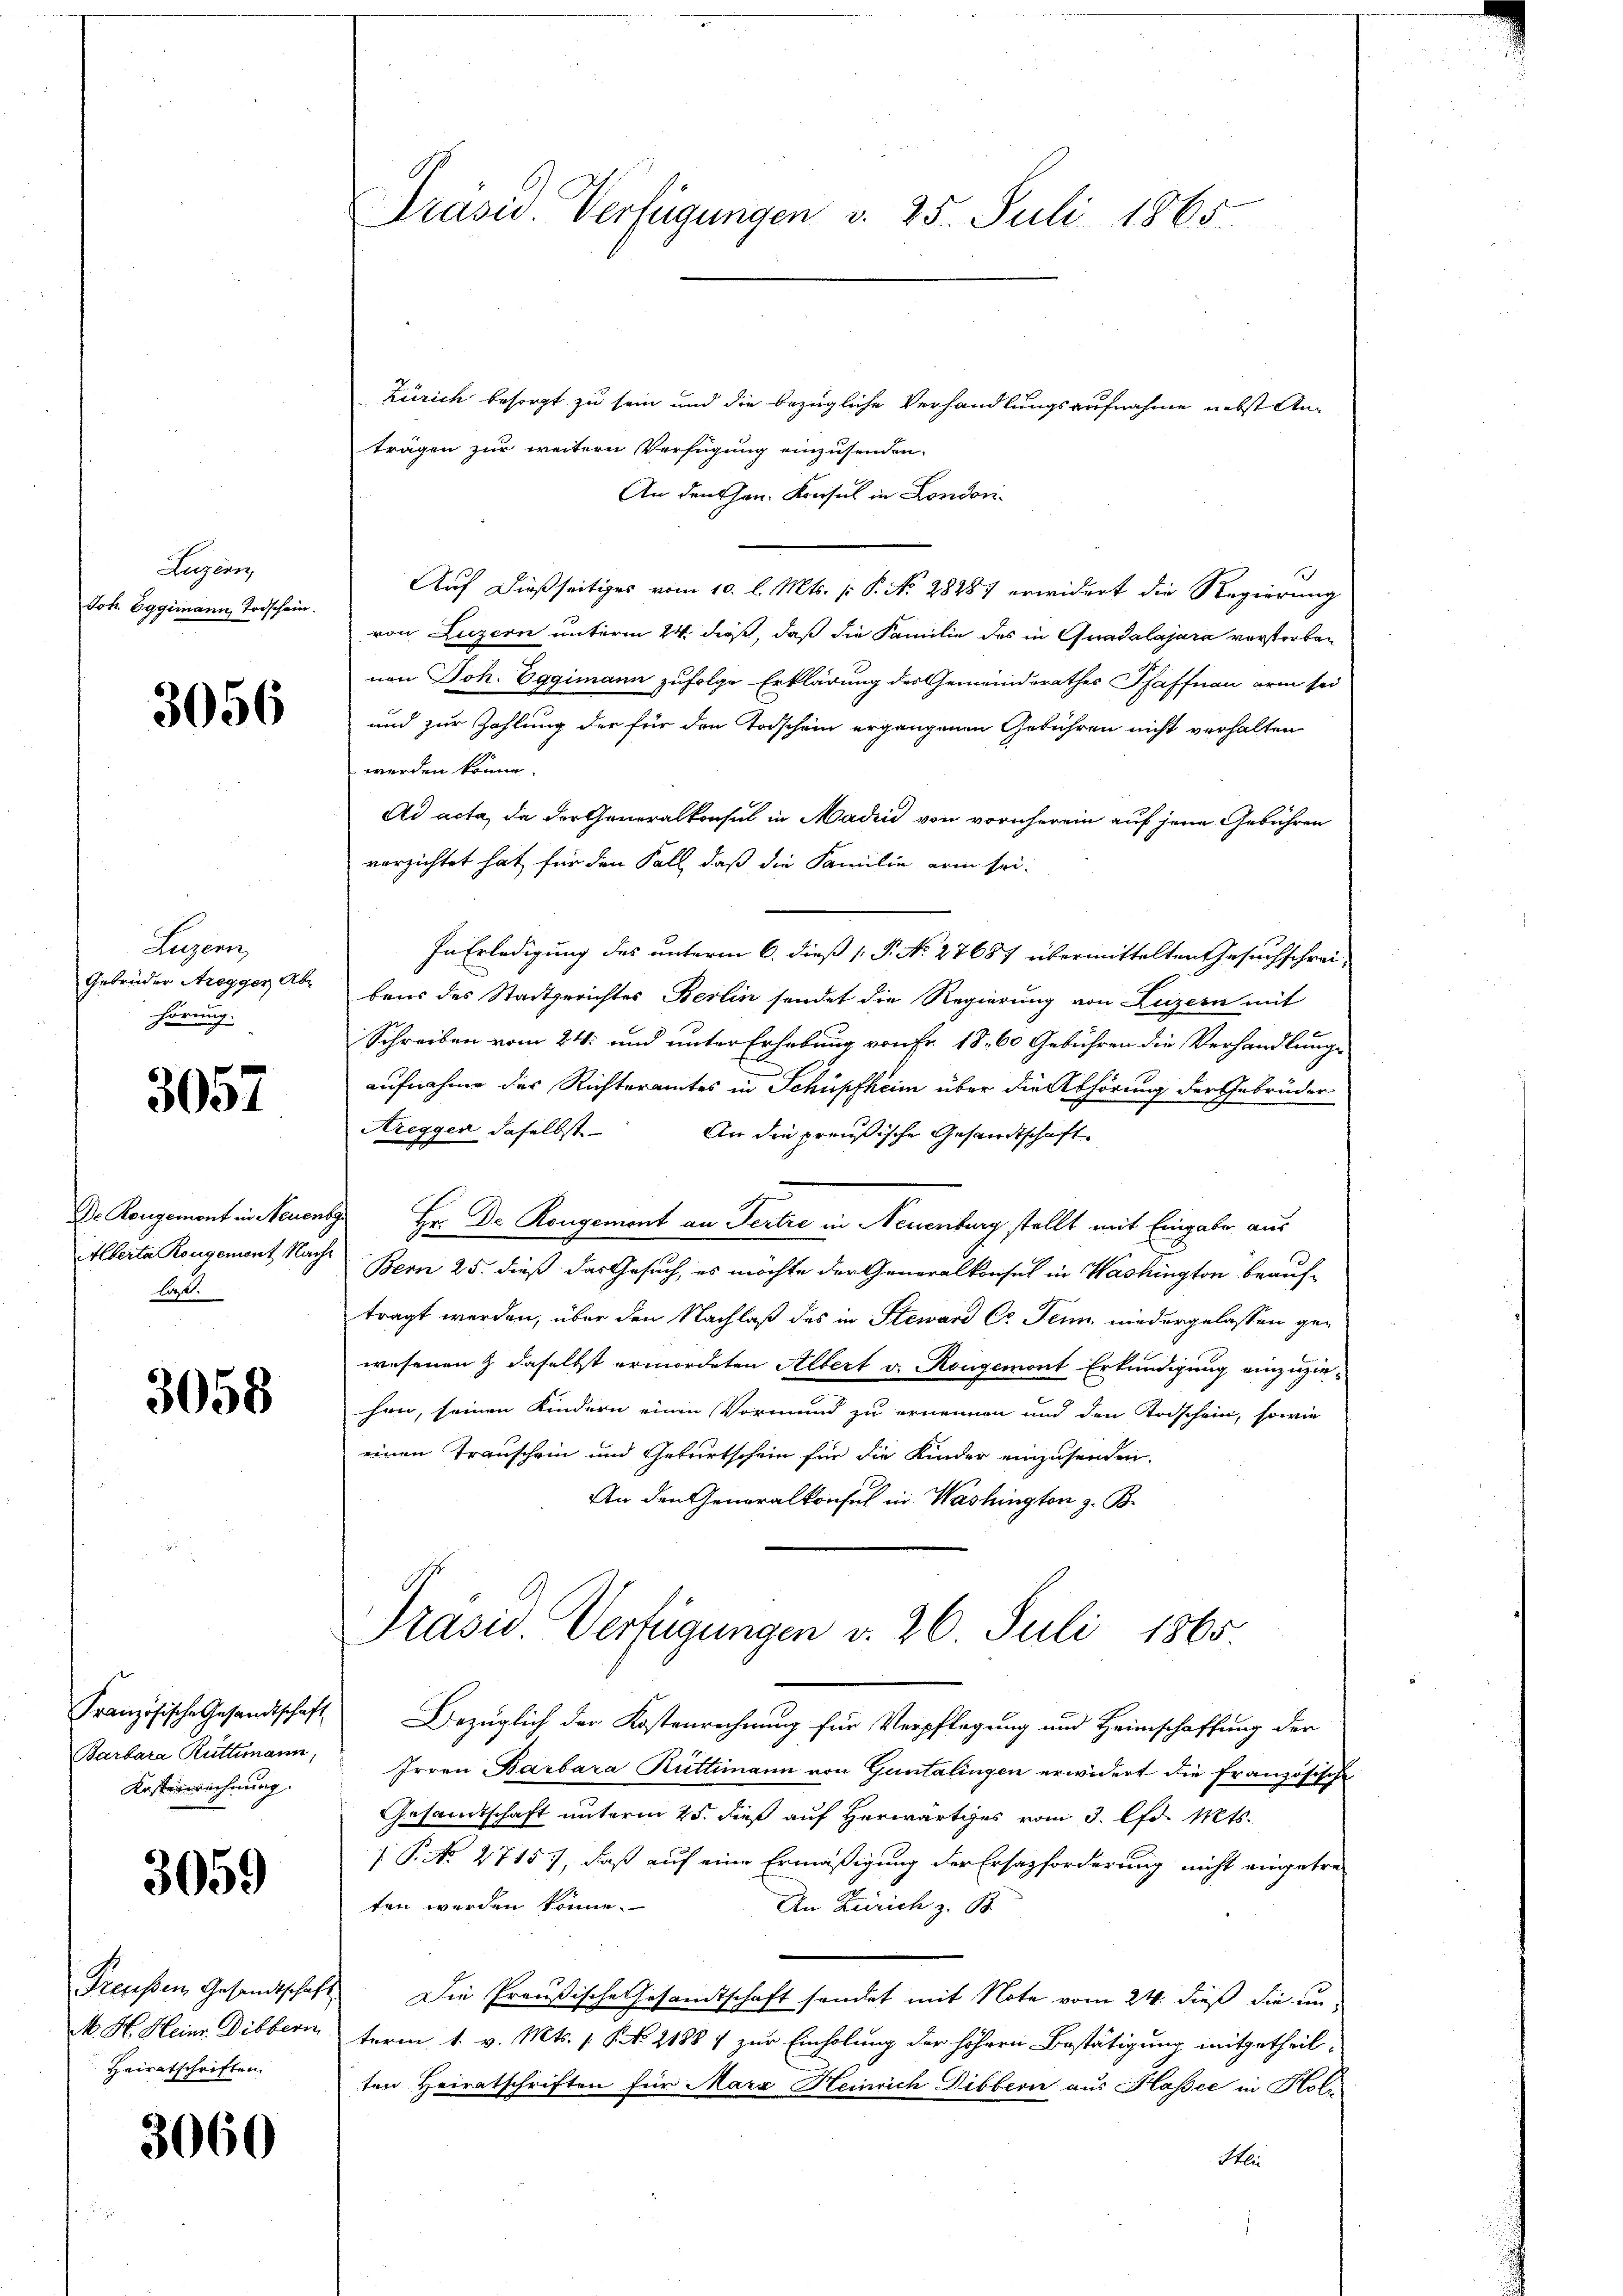
Luzern,
Joh. Eggimann Todschein.

3056

Lugan
Gebrüder Aregger Abr
hörung.

3057

Alberta Rongement Nachlaßt.

3058

Barbara Rüttimann,
Kosterrechnung.

3059

Preußen Gesandtschaft
Heiratschriften.

3060

Präsid. Verfügungen v. 25. Juli 1865

Zürich besorgt zu sein und die bezügliche Verhandlungsaufnahme nebst Anträgen zur weitern Verfügung einzusenden.
An den Chan. Konsul in Londoni
Auf dießseitiges vom 10. l. Mts. (: P. No. 28287 erwidert die Regierung
von Luzern unterm 24 dieß, daß die Familie des in Quadalajara verstorben
nen Joh. Eggimann zufolge Erklärung des Gemeindsrathes Pfaffnau arm sei
und zur Zahlung der für den Todschein ergangenen Gebühren nicht verhalten
werden könne.
Ad acta, da der Generalkonsul in Madin von vornherein auf jene Gebühren
verzichtet hat für den Fall, daß die Familie arm sei.
In Erledigung des unterm 6. dieß P. No 27687 übermittelten Gesuchschreibaus des Stadtgerichtes Berlin sendet die Regierung von Luzern mit
Schreiben vom 24. und unter Erhebung von Fr. 18. 60 Gebühren die Verhandlung
aufnahme des Richteramtes in Schüpfheim über die Abhörung der Gebrüder
Areggen daselbst. An die preußische Gesandtschaft
Dr. Kongemont in Neuenber Hr. Dr. Rongement an Fertie in Neuenburg stellt mit Eingabe aus
Bern 25. dieß das Gesuch, es möchte der Generalkonsul in Washington beauftragt werden, über den Nachlaß des in Steward Co. Jenn niedergelassen gewesenen & daselbst ermordeten Albert v. Rougemont Erkundigung einzuziehen, seinen Kindern einen Vormund zu ernennen und den Todschein, sowie
einen Transchein und Geburtschein für die Kinder einzusenden.
An den Generalkonsul in Washington z. B.

Präsid. Verfügungen d. 26. Juli 1865.

Französische Gesandtschaft Bezüglich der Kostenrechnung für Verpflegung und Heimschaffung der
Irren Barbara Rüttimann von Guntalingen erwidert die französische
Gesandtschaft unterm 25. dieß auf Herwärtiges vom 3. lfd. Mts.
 P. No 2715, daß auf eine Ermäßigung der Ersatzforderung nicht eingetreten werden könne.
An Zürich z. B.
 Die Preußische Gesamtschaft sendet mit Note vom 24. dieß die un¬
M. H. Heinr. Dibbern term 1. v. Mts. 1. No 21887 zur Einholung der höhern Bestätigung mitgetheil-
ten Heiratschriften für Mara Heinrich Dibbern aus Klassee in Holz
Stlie